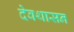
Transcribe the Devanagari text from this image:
देवथासन